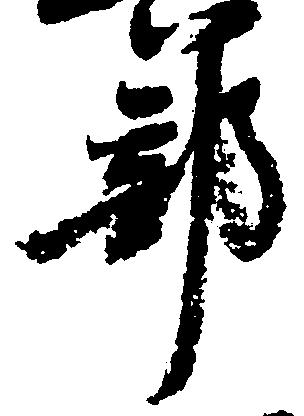
部